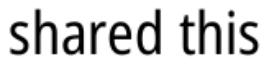
shared this